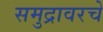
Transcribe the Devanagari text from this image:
समुद्रावरचे